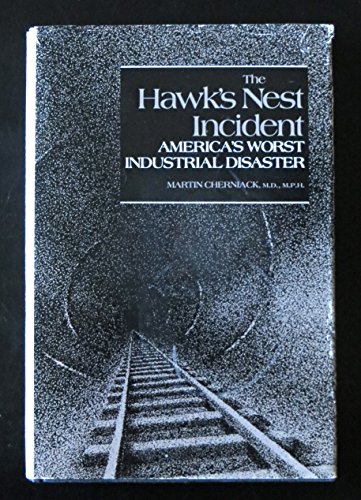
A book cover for The Hawk's Nest Incident: America's Worst Industrial Disaster; Martin Cherniack; Health, Fitness & Dieting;